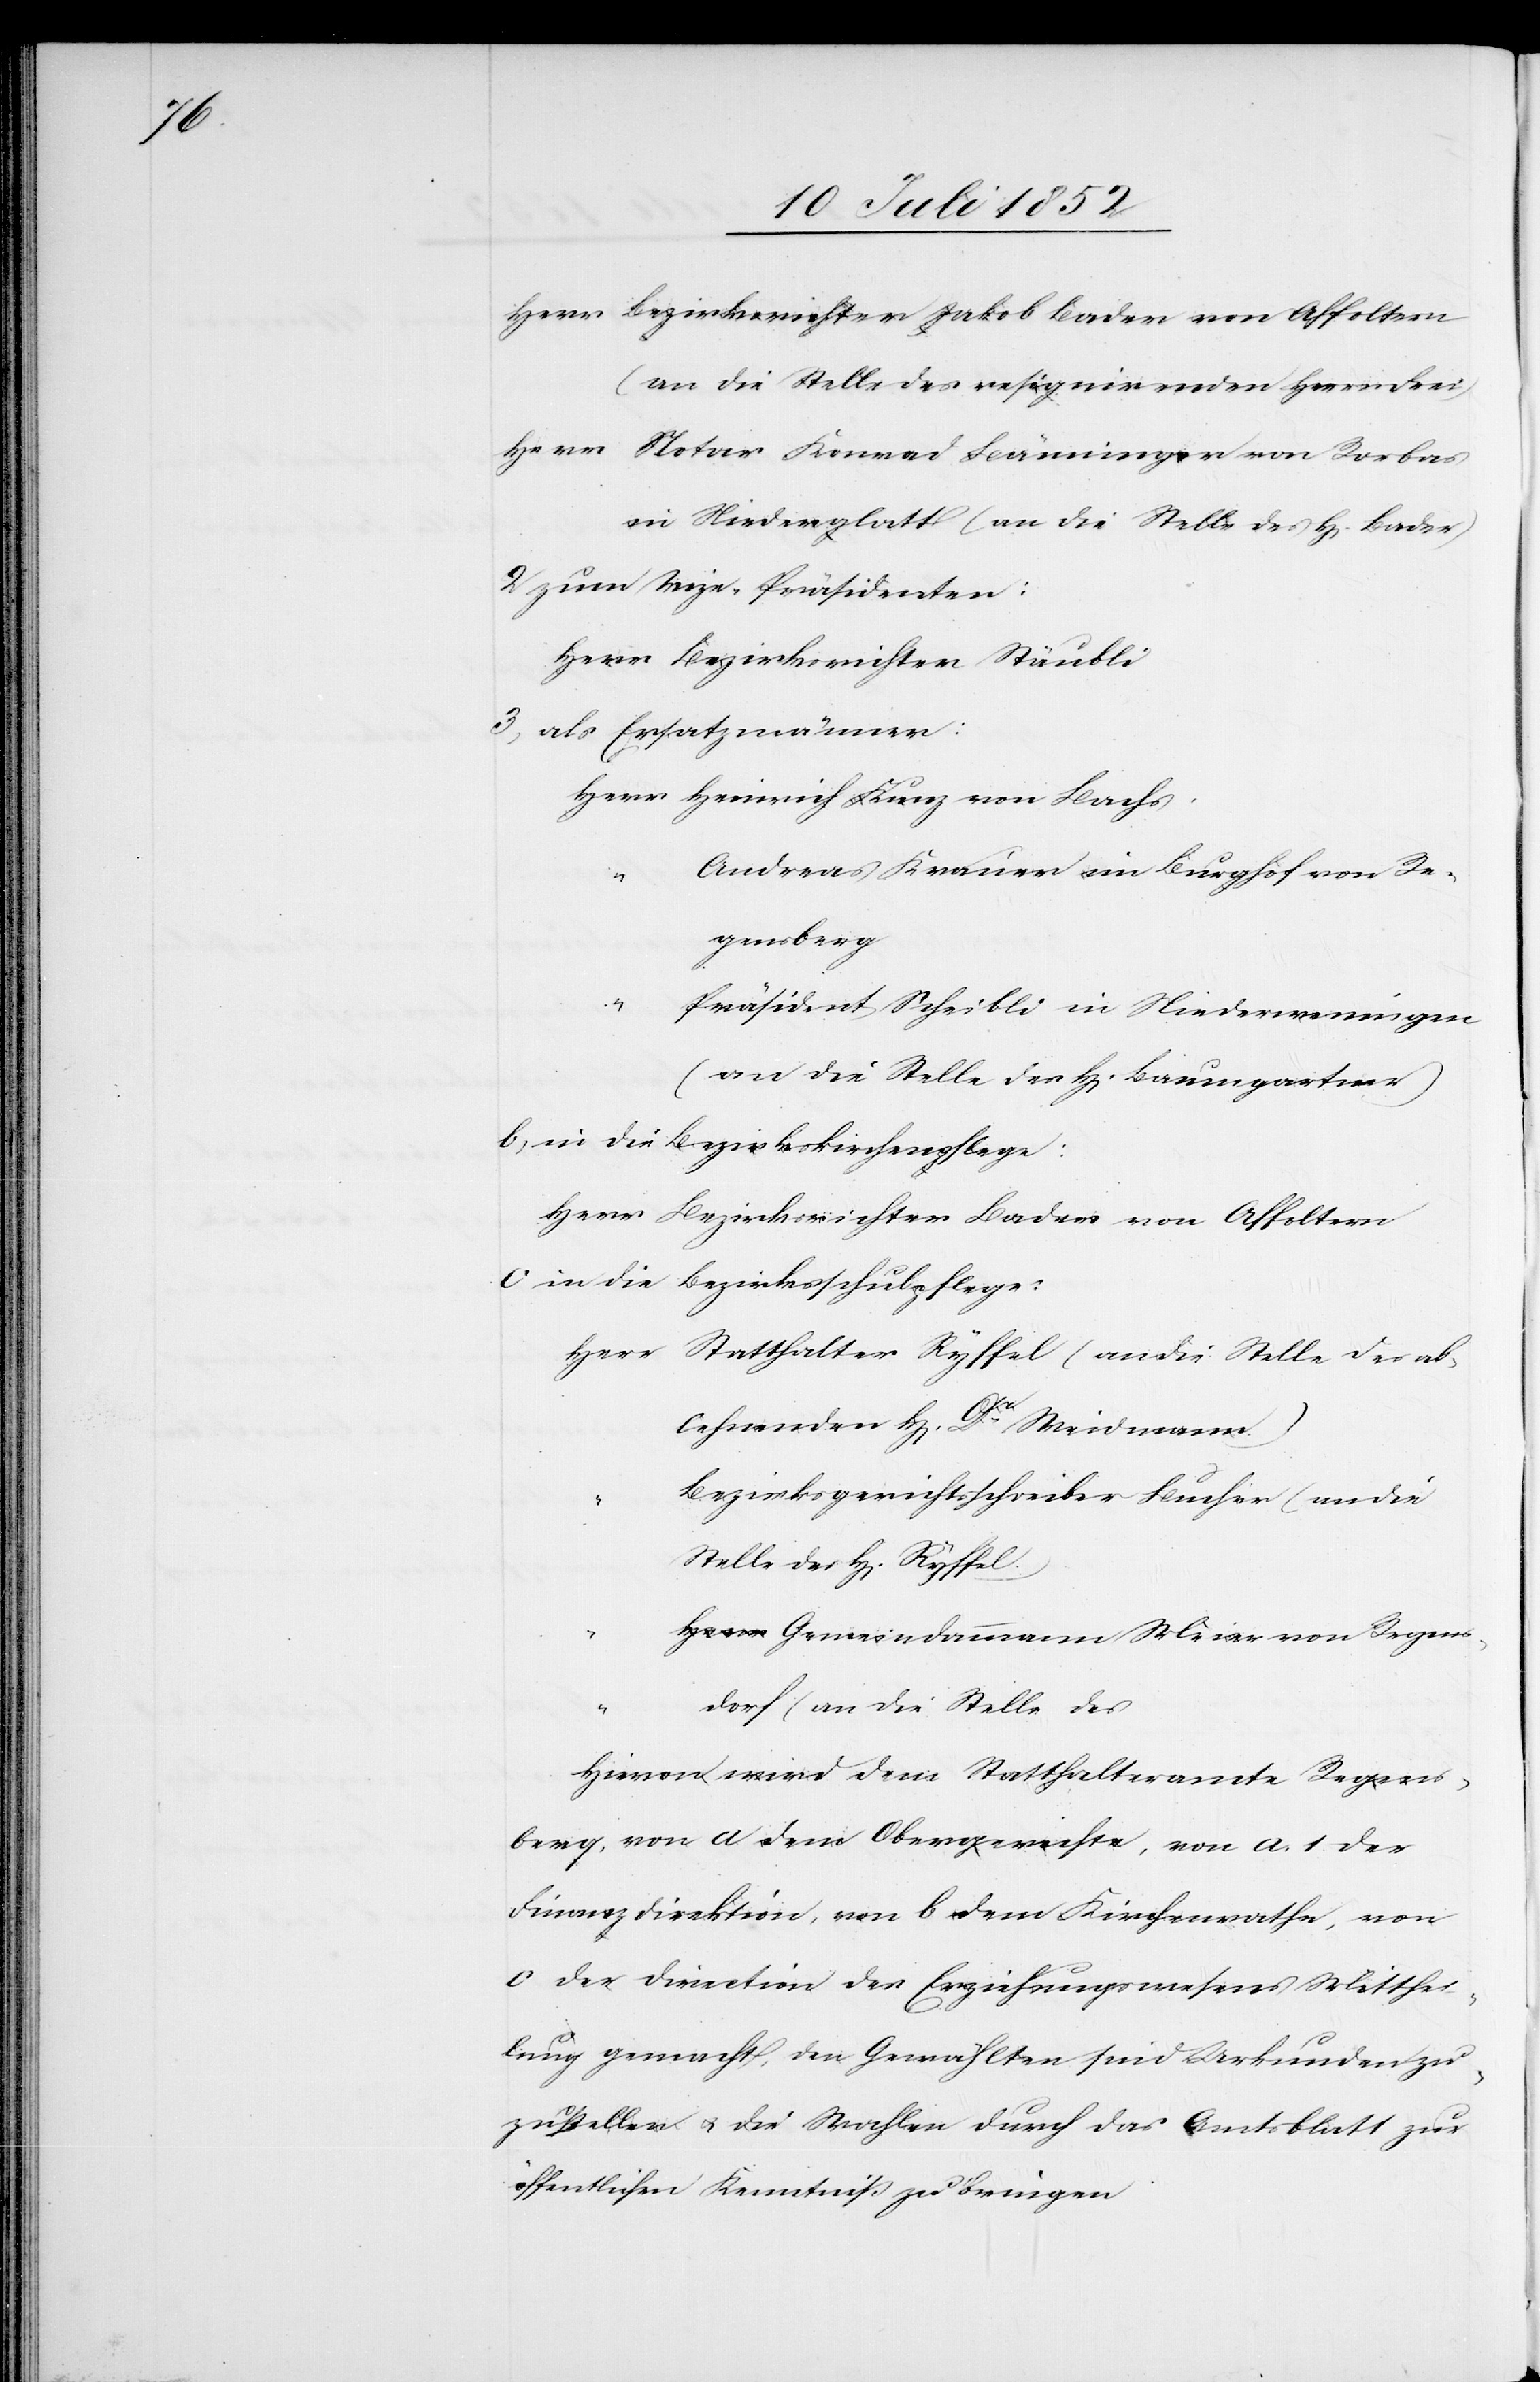
Herr Bezirksrichter Jakob Bader von Affoltern
(an die Stelle des resignirenden Herrn Frei)
Herr Notar Konrad Bänninger von Rorbas
in Niederglatt (an die Stelle des H[errn] Bader)
zum Vize-Präsidenten:
Herr Bezirksrichter Stäubli
als Ersatzmänner:
Herr Heinrich Kunz von Bachs.
Andreas Krauer im Burghof von Re¬
gensberg
“
Präsident Scheibli in Niederweningen
(an die Stelle des H[errn] Baumgartner)
in die Bezirkskirchenpflege:
Herr Bezirksrichter Bader von Affoltern
in die Bezirksschulpflege:
Herr Statthalter Ryffel (an die Stelle des ab¬
lehnenden H[errn] Dr. Weidmann.)
Bezirksgerichtsschreiber Bucher (an die
“ Gemeindammann Meier von Regens¬
dorf (an die Stelle des
Hievon wird dem Statthalteramte Regens¬
berg, von a dem Obergerichte, von a. 1 der
Finanzdirektion, von b dem Kirchenrathe, von
c der Direction des Erziehungswesens Mitthei¬
lung gemacht, den Gewählten sind Urkunden zu¬
zustellen & die Wahlen durch das Amtsblatt zur
öffentlichen Kenntniß zu bringen[.]